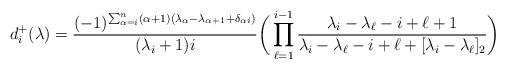
LaTeX: \begin{align*}d_{i}^+(\lambda)=\frac{(-1)^{\sum_{\alpha=i}^n(\alpha+1)(\lambda_\alpha-\lambda_{\alpha+1}+\delta_{\alpha i})}}{(\lambda_i+1)i}\bigg(\prod_{\ell=1}^{i-1}\frac{\lambda_i-\lambda_\ell-i+\ell+1}{\lambda_i-\lambda_\ell-i+\ell+[\lambda_i-\lambda_\ell]_2}\bigg)\end{align*}